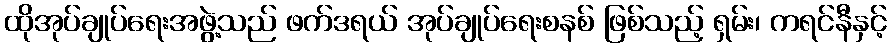
ထိုအုပ်ချုပ်ရေးအဖွဲ့သည် ဖက်ဒရယ် အုပ်ချုပ်ရေးစနစ် ဖြစ်သည့် ရှမ်း၊ ကရင်နီနှင့်